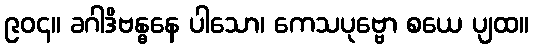
၉၀၄။ ခဂါဒိဗန္ဓနေ ပါသော၊ ကေသပုဗ္ဗော စယေ ပျထ။